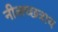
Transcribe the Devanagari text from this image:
नीलच्छत्राय